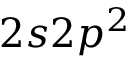
2 s 2 p ^ { 2 }